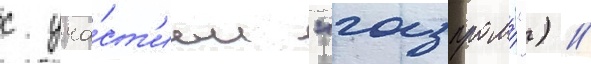
с уча́ст'ием "газпрома") //